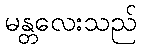
မန္တလေးသည်